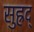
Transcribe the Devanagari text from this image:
सुह्रद्